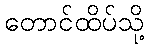
တောင်ထိပ်သို့